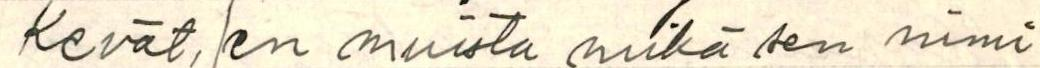
Kevät, (en muista mikä sen nimi